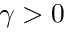
\gamma > 0